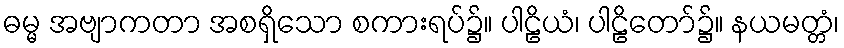
ဓမ္မ အဗျာကတာ အစရှိသော စကားရပ်၌။ ပါဠိယံ၊ ပါဠိတော်၌။ နယမတ္တံ၊